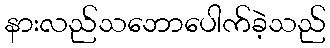
နားလည်သဘောပေါက်ခဲ့သည်